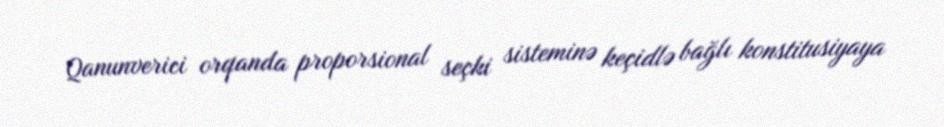
Qanunverici orqanda proporsional seçki sisteminə keçidlə bağlı konstitusiyaya